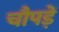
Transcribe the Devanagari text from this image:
चौपड़ें